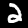
Label: 2